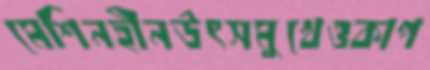
মেশিনহীনউৎসমুখেওকাপ